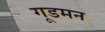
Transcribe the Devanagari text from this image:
गूडमन